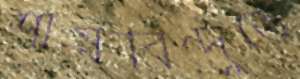
শীর্ষবিন্দুতে